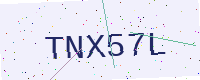
Text: TNX57L